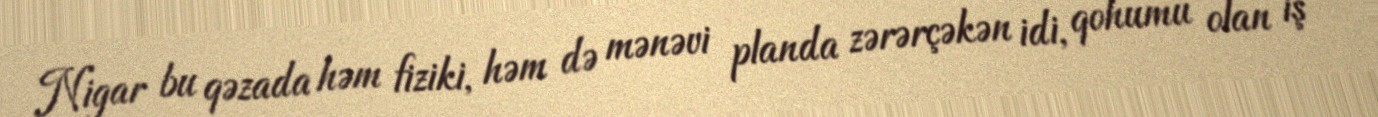
Nigar bu qəzada həm fiziki, həm də mənəvi planda zərərçəkən idi, qohumu olan iş